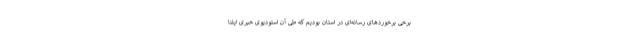
برخی برخوردهای رسانه‌ای در استان بودیم که طی آن استودیوی خبری ایلنا